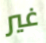
غير